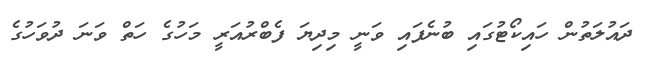
ދައުލަތުން ހައިކޯޓުގައި ބުނެފައި ވަނީ މިދިޔަ ފެބްރުއަރީ މަހުގެ ހަތް ވަނަ ދުވަހުގެ